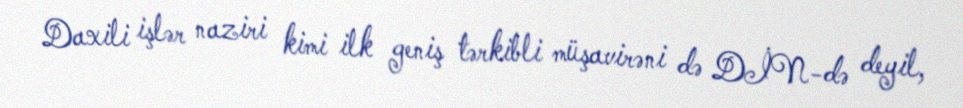
Daxili işlər naziri kimi ilk geniş tərkibli müşavirəni də DİN-də deyil,